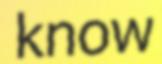
know